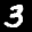
Label: 3